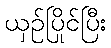
ယှဉ်ပြိုင်ပြီး